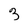
Character: 3